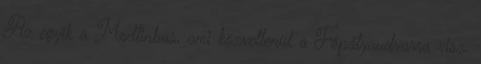
Az egyik a Modlinbus, ami közvetlenül a Főpályaudvarra visz.